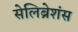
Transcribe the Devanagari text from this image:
सेलिब्रेशंस